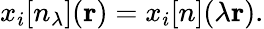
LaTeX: x_{i}[n_{\lambda}](\mathbf{r})=x_{i}[n](\lambda\mathbf{r}).